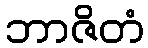
ဘာဇိတံ